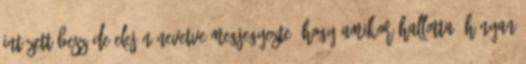
intézett beszéde elején nevetve megjegyezte, hogy amikor hallotta, hányan